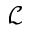
\mathcal { L }